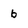
Character: b